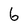
Character: 6